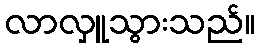
လာလှူသွားသည်။